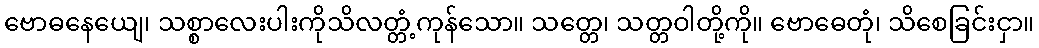
ဗောဓနေယျေ၊ သစ္စာလေးပါးကိုသိလတ္တံ့ကုန်သော။ သတ္တေ၊ သတ္တဝါတို့ကို။ ဗောဓေတုံ၊ သိစေခြင်းငှာ။